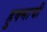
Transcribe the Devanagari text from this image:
हुक्माची